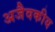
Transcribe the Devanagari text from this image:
अजैवकीय